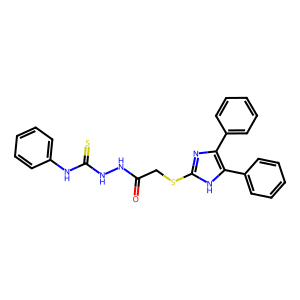
SMILES: O=C(CSc1nc(-c2ccccc2)c(-c2ccccc2)[nH]1)NNC(=S)Nc1ccccc1
Inhibits HIV replication: No